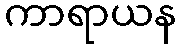
ကာရာယန